Newspaper: Der Deutsche beobachter. [volume]
Place of publication: New Philadelphia, Ohio
Publisher: Andreas Nägeli
Date: 1900-12-20 00:00:00
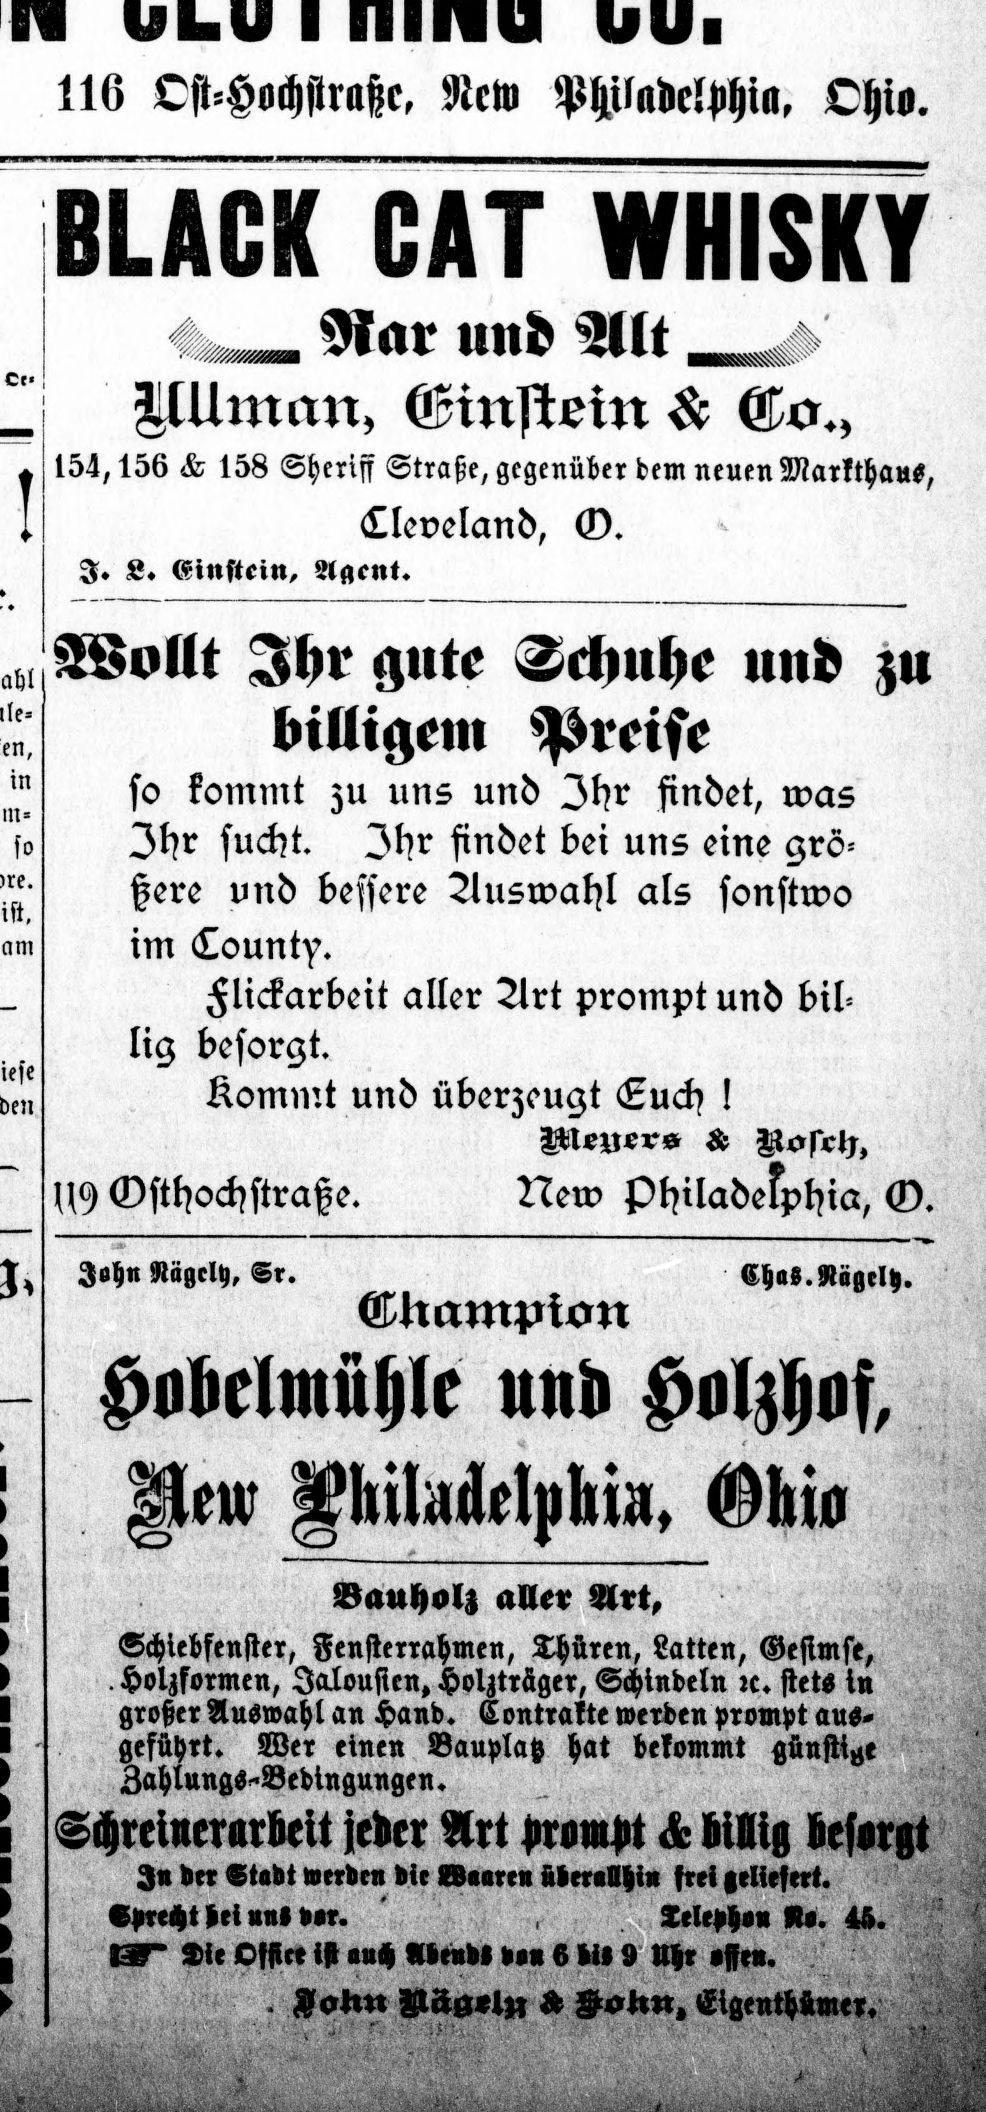
Advertisement text (OCR):
Ct in so Rar und Alt I. L. Einstein, Agent. -«Unit»., «-W .. ~. .. ti tf 116 Ost-Hochjiraßc, New Philadelphia, Ohio. ni A Alf ftiT lifUICIfIf A A u A I W w i w I Mim nn, Ginstein & Co., 154,156 & 158 Sheriff Straße, gegenüber dem neuen Markthaus, Cleveland, ©. Wollt Ihr gute Sclinhe und zu billigem Preise so fornmt zu uns und Ihr findet, was )hr sucht. Ihr findet bei uns eine grö ßere und bessere Auswahl als sonstwo im County. Flickarbeit aller Art prompt und bil lig besorgt. Kommt und überzeugt (Euch Meuer» 6 U9 Gsthochstraße. New Philadelphia, G. John Nägely, Sr. ChaS.Nägeltz. Ctrampion Hovelmühle und Holzhof, Bauholz aller Art, SchiebfenMr, Fensterrahmen, Thüren, Sftfitri .Holzformen, Jalousien»Holzträger, Schindeln ic. stets t* großer Auswahl an Hand. Contralte werden prompt aus ., geführt. Wer einen Bauplatz hat bekommt günstig» Zahlungs-Bedingungen. Schrewerarbeit jeder Art prompt & feilig Besorgt 3* der Stadt werden Mt gBsete* kterilhi» frei Geliefert, «»«cht let ttnl tat. Tele»h»» R«. «. BT $le C|H« in I»ch «leeM 6 Hl 9 tt|« igte. i W S o S S e A 9 o i n I K K i lÈt^ i /. 4 5 k -L -'k V f. K 't- iâvj.
Label: text-only